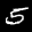
Label: 5